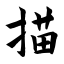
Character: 描